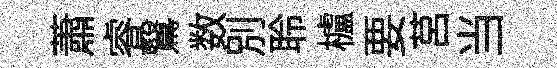
蕭睿鷖数别聆櫨要莒当